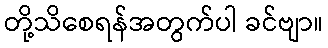
တို့သိစေရန်အတွက်ပါ ခင်ဗျာ။